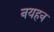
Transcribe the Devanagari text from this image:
नयहन